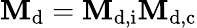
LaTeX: \mathbf{M}_{\mathrm{d}}=\mathbf{M}_{\mathrm{{d,i}}}\mathbf{M}_{\mathrm{{d,c}}}